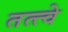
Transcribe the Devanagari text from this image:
तत्‍त्‍वे